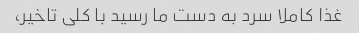
غذا کاملا سرد به دست ما رسید با کلی تاخیر،